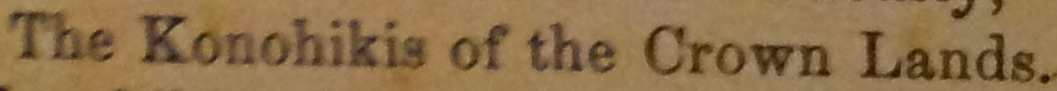
The Konohikis of the Crown Lands.